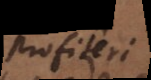
profiteri